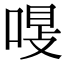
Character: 𠷾